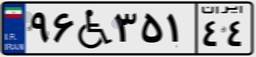
۹۶W۳۵۱۴۴